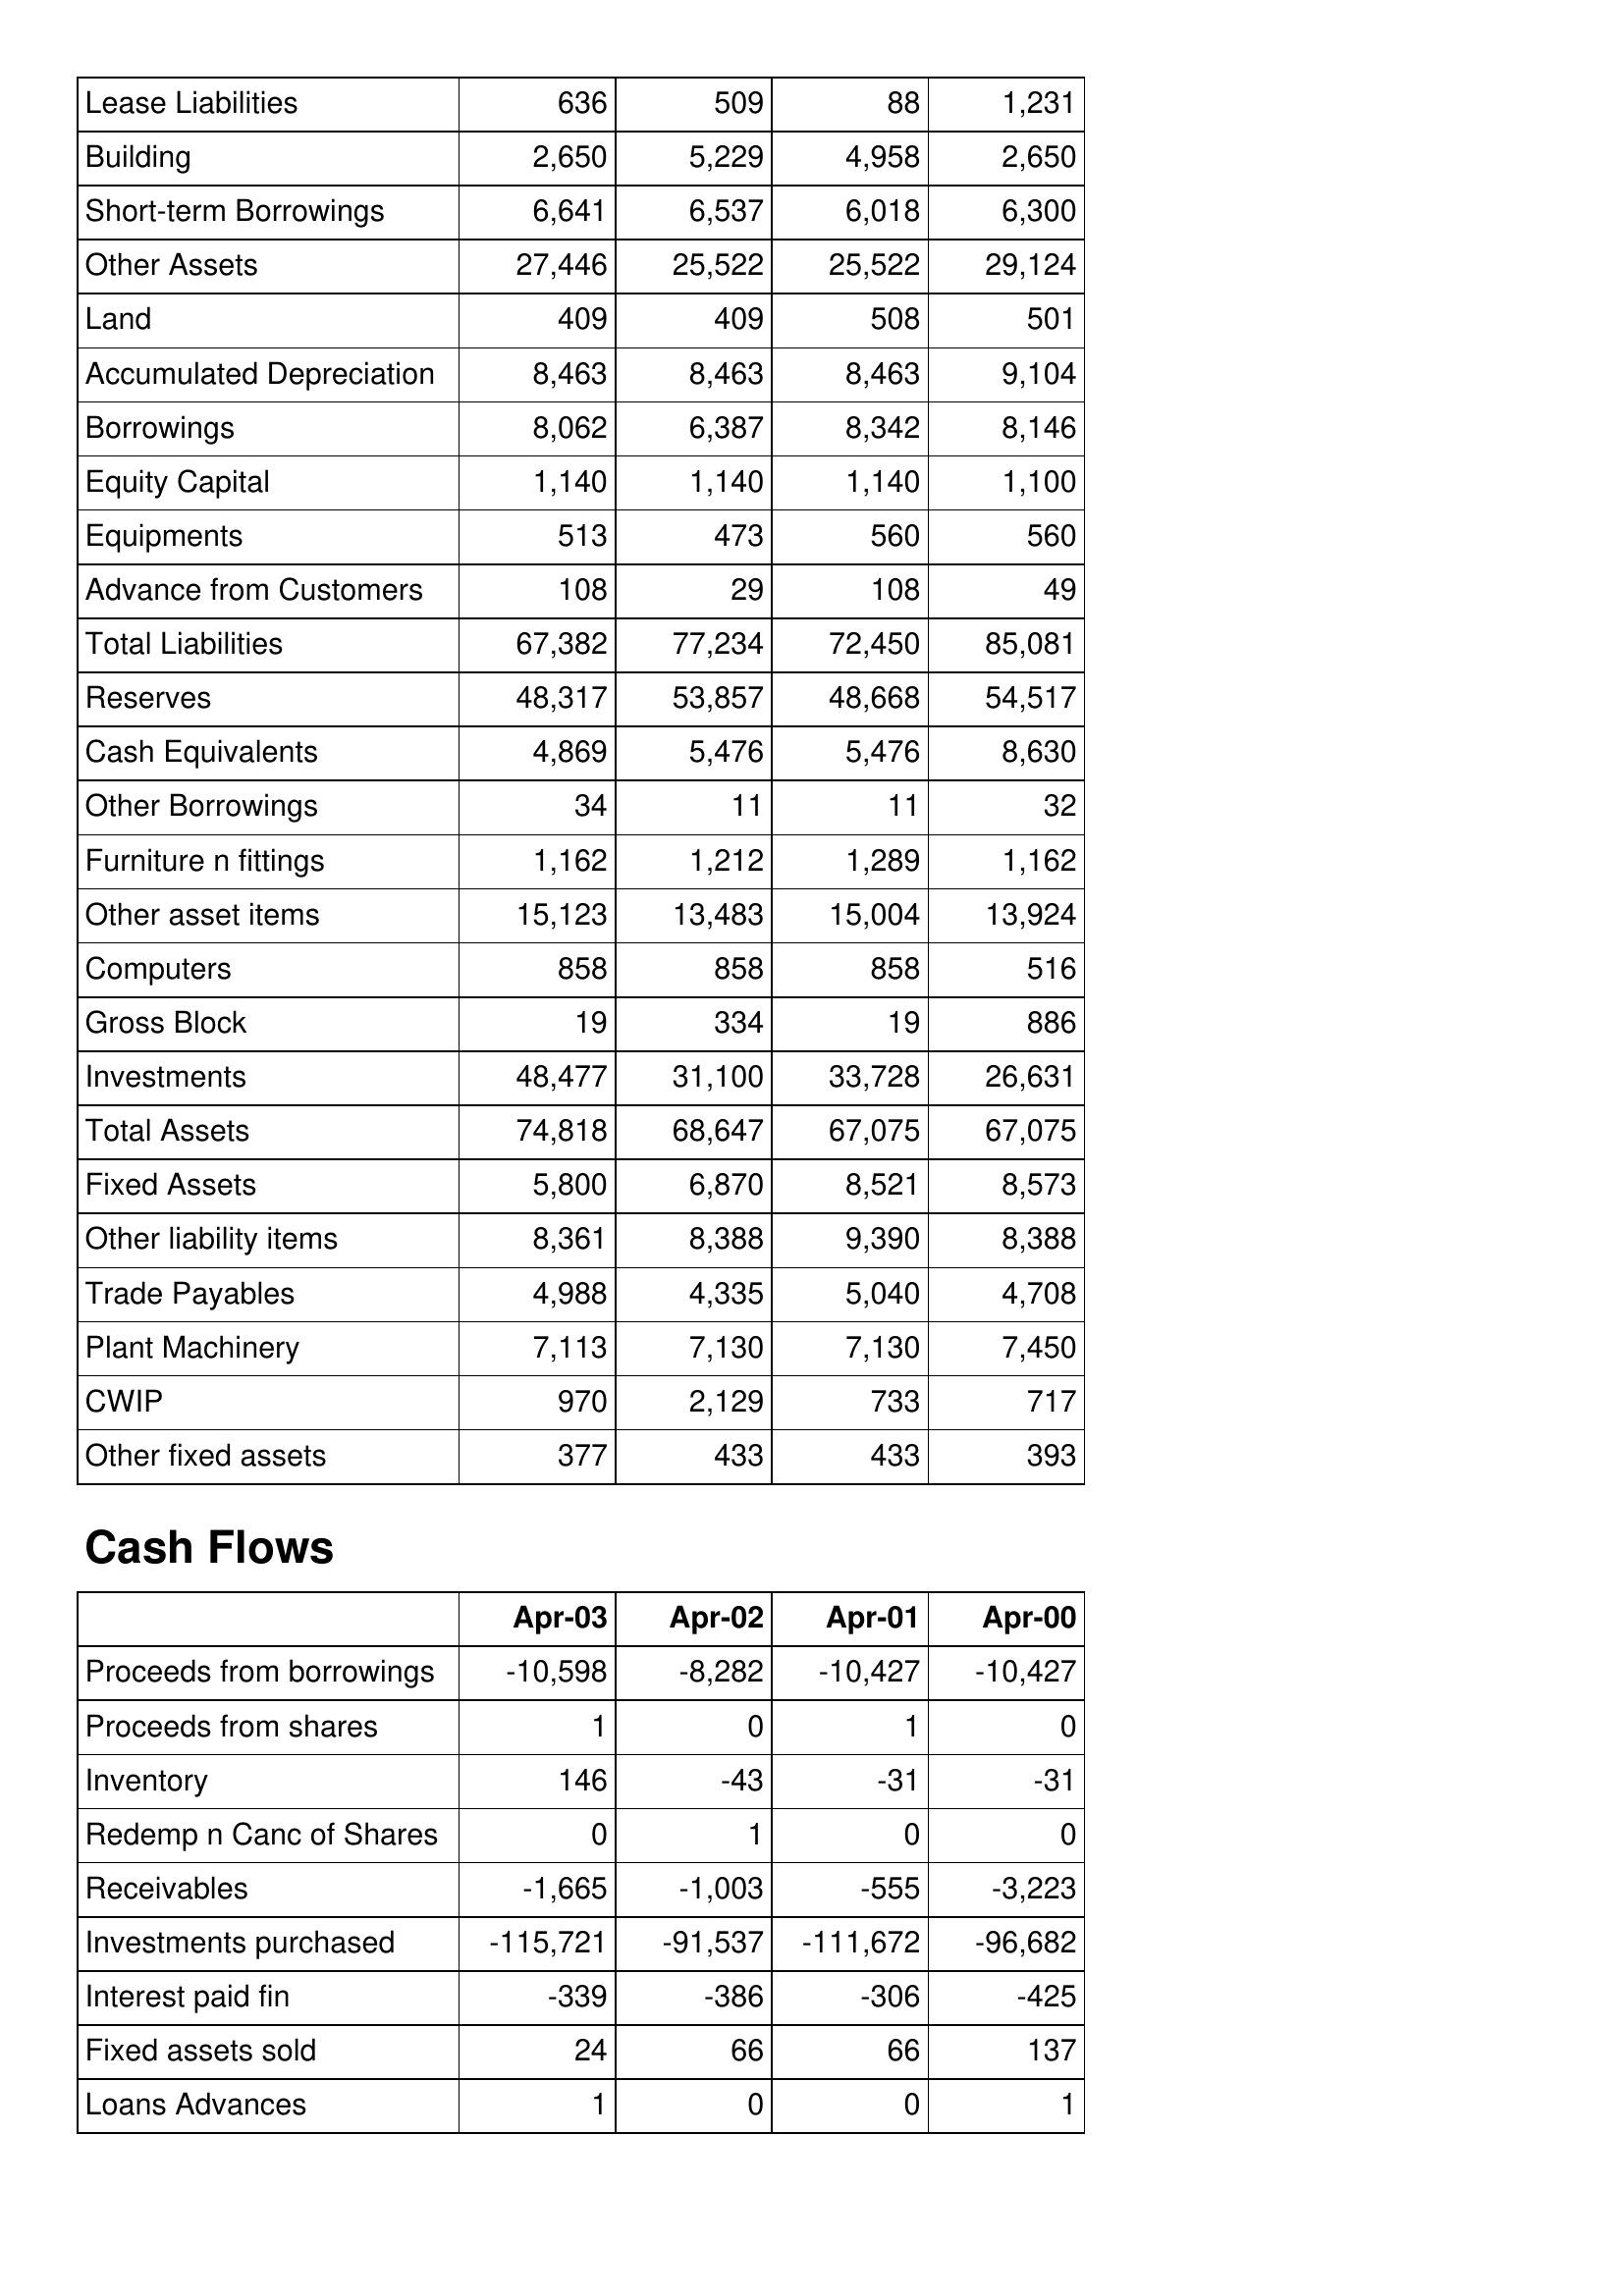
Apr-03: Balance Sheet: Lease Liabilities: 636
Building: 2,650
Short-term Borrowings: 6,641
Other Assets: 27,446
Land: 409
Accumulated Depreciation: 8,463
Borrowings: 8,062
Equity Capital: 1,140
Equipments: 513
Advance from Customers: 108
Total Liabilities: 67,382
Reserves: 48,317
Cash Equivalents: 4,869
Other Borrowings: 34
Furniture n fittings: 1,162
Other asset items: 15,123
Computers: 858
Gross Block: 19
Investments: 48,477
Total Assets: 74,818
Fixed Assets: 5,800
Other liability items: 8,361
Trade Payables: 4,988
Plant Machinery: 7,113
CWIP: 970
Other fixed assets: 377
Cash Flows: Proceeds from borrowings: -10,598
Proceeds from shares: 1
Inventory: 146
Redemp n Canc of Shares: 0
Receivables: -1,665
Investments purchased: -115,721
Interest paid fin: -339
Fixed assets sold: 24
Loans Advances: 1
Apr-02: Balance Sheet: Lease Liabilities: 509
Building: 5,229
Short-term Borrowings: 6,537
Other Assets: 25,522
Land: 409
Accumulated Depreciation: 8,463
Borrowings: 6,387
Equity Capital: 1,140
Equipments: 473
Advance from Customers: 29
Total Liabilities: 77,234
Reserves: 53,857
Cash Equivalents: 5,476
Other Borrowings: 11
Furniture n fittings: 1,212
Other asset items: 13,483
Computers: 858
Gross Block: 334
Investments: 31,100
Total Assets: 68,647
Fixed Assets: 6,870
Other liability items: 8,388
Trade Payables: 4,335
Plant Machinery: 7,130
CWIP: 2,129
Other fixed assets: 433
Cash Flows: Proceeds from borrowings: -8,282
Proceeds from shares: 0
Inventory: -43
Redemp n Canc of Shares: 1
Receivables: -1,003
Investments purchased: -91,537
Interest paid fin: -386
Fixed assets sold: 66
Loans Advances: 0
Apr-01: Balance Sheet: Lease Liabilities: 88
Building: 4,958
Short-term Borrowings: 6,018
Other Assets: 25,522
Land: 508
Accumulated Depreciation: 8,463
Borrowings: 8,342
Equity Capital: 1,140
Equipments: 560
Advance from Customers: 108
Total Liabilities: 72,450
Reserves: 48,668
Cash Equivalents: 5,476
Other Borrowings: 11
Furniture n fittings: 1,289
Other asset items: 15,004
Computers: 858
Gross Block: 19
Investments: 33,728
Total Assets: 67,075
Fixed Assets: 8,521
Other liability items: 9,390
Trade Payables: 5,040
Plant Machinery: 7,130
CWIP: 733
Other fixed assets: 433
Cash Flows: Proceeds from borrowings: -10,427
Proceeds from shares: 1
Inventory: -31
Redemp n Canc of Shares: 0
Receivables: -555
Investments purchased: -111,672
Interest paid fin: -306
Fixed assets sold: 66
Loans Advances: 0
Apr-00: Balance Sheet: Lease Liabilities: 1,231
Building: 2,650
Short-term Borrowings: 6,300
Other Assets: 29,124
Land: 501
Accumulated Depreciation: 9,104
Borrowings: 8,146
Equity Capital: 1,100
Equipments: 560
Advance from Customers: 49
Total Liabilities: 85,081
Reserves: 54,517
Cash Equivalents: 8,630
Other Borrowings: 32
Furniture n fittings: 1,162
Other asset items: 13,924
Computers: 516
Gross Block: 886
Investments: 26,631
Total Assets: 67,075
Fixed Assets: 8,573
Other liability items: 8,388
Trade Payables: 4,708
Plant Machinery: 7,450
CWIP: 717
Other fixed assets: 393
Cash Flows: Proceeds from borrowings: -10,427
Proceeds from shares: 0
Inventory: -31
Redemp n Canc of Shares: 0
Receivables: -3,223
Investments purchased: -96,682
Interest paid fin: -425
Fixed assets sold: 137
Loans Advances: 1